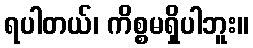
ရပါတယ်၊ ကိစ္စမရှိပါဘူး။